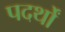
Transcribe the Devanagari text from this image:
पदर्थों